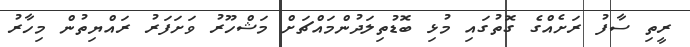
ރީތި ސާފު ރަށެއްގެ ގޮތުގައި މުޅި ބޮޑުތިލަދުންމައްޗަށް މަޝްހޫރު ވަށަފަރު ރައްޔިތުން މިހާރު